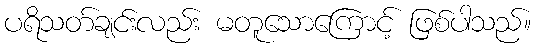
ပရိသတ်ချင်းလည်း မတူသောကြောင့် ဖြစ်ပါသည်။